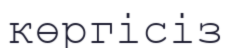
көргісіз